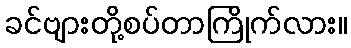
ခင်ဗျားတို့စပ်တာကြိုက်လား။